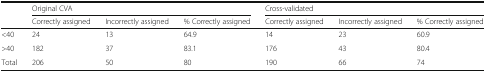
<table><thead><tr><td></td><td colspan="3"><b>Original CVA</b></td><td colspan="3"><b>Cross-validated</b></td></tr><tr><td></td><td><b>Correctly assigned</b></td><td><b>Incorrectly assigned</b></td><td><b>% Correctly assigned</b></td><td><b>Correctly assigned</b></td><td><b>Incorrectly assigned</b></td><td><b>% Correctly assigned</b></td></tr></thead><tbody><tr><td>&lt;40</td><td>24</td><td>13</td><td>64.9</td><td>14</td><td>23</td><td>60.9</td></tr><tr><td>&gt;40</td><td>182</td><td>37</td><td>83.1</td><td>176</td><td>43</td><td>80.4</td></tr><tr><td>Total</td><td>206</td><td>50</td><td>80</td><td>190</td><td>66</td><td>74</td></tr></tbody></table>